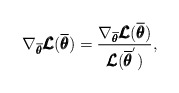
\begin{align*} \nabla_{\overline{\pmb{\theta}}}\pmb{\mathcal{L}}(\overline{\pmb{\theta}}) = \frac{\nabla_{\overline{\pmb{\theta}}}\pmb{\mathcal{L}}(\overline{\pmb{\theta}})}{\pmb{\mathcal{L}}(\overline{\pmb{\theta}}^{'})},\end{align*}